Plague in India, 1896, 1897 - Volume 2
Year: 1896
Disease focus: Plague
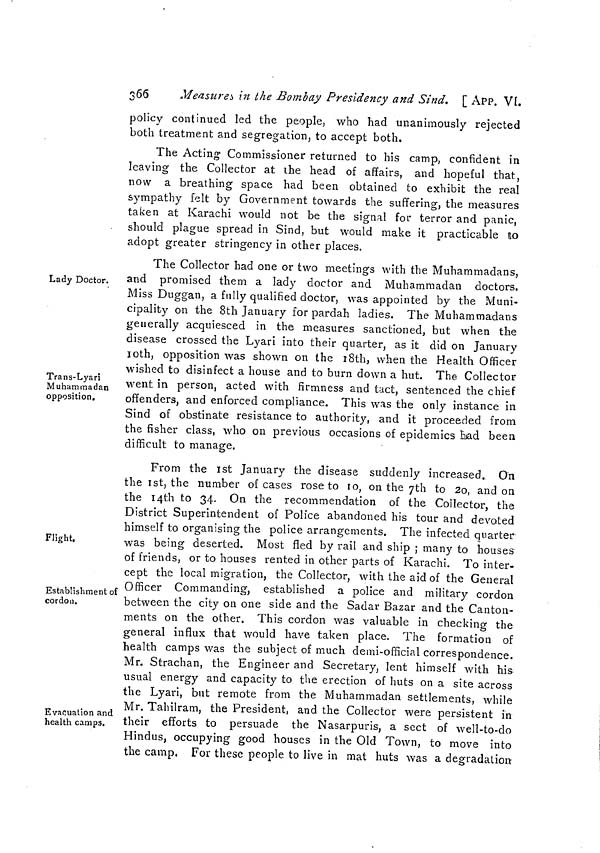
366
Measures in the Bombay Presidency and Sind. [ APP. VI.
policy continued led the people, who had unanimously rejected
both treatment and segregation, to accept both.
The Acting Commissioner returned to his camp, confident in
leaving the Collector at the head of affairs, and hopeful that,
now a breathing space had been obtained to exhibit the real
sympathy felt by Government towards the suffering, the measures
taken at Karachi would not be the signal for terror and panic,
should plague spread in Sind, but would make it practicable to
adopt greater stringency in other places.
Lady Doctor.
Trans-Lyari
Muhammadan
opposition.
The Collector had one or two meetings with the Muhammadans,
and promised them a lady doctor and Muhammadan doctors.
Miss Duggan, a fully qualified doctor, was appointed by the Muni-
cipality on the 8th January for pardah ladies. The Muhammadans
generally acquiesced in the measures sanctioned, but when the
disease crossed the Lyari into their quarter, as it did on January
10th, opposition was shown on the 18th, when the Health Officer
wished to disinfect a house and to burn down a hut. The Collector
went in person, acted with firmness and tact, sentenced the chief
offenders, and enforced compliance. This was the only instance in
Sind of obstinate resistance to authority, and it proceeded from
the fisher class, who on previous occasions of epidemics bad been
difficult to manage.
Flight.
Establishment of
cordon.
Evacuation and
health camps.
From the 1st January the disease suddenly increased. On
the 1st, the number of cases rose to 10, on the 7th to 20, and on
the 14th to 34. On the recommendation of the Collector, the
District Superintendent of Police abandoned his tour and devoted
himself to organising the police arrangements. The infected quarter
was being deserted. Most fled by rail and ship ; many to houses
of friends, or to houses rented in other parts of Karachi. To inter-
cept the local migration, the Collector, with the aid of the General
Officer Commanding, established a police and military cordon
between the city on one side and the Sadar Bazar and the Canton-
ments on the other. This cordon was valuable in checking the
general influx that would have taken place. The formation of
health camps was the subject of much demi-official correspondence.
Mr. Strachan, the Engineer and Secretary, lent himself with his
usual energy and capacity to the erection of huts on a site across
the Lyari, but remote from the Muhammadan settlements, while
Mr. Tahilram, the President, and the Collector were persistent in
their efforts to persuade the Nasarpuris, a sect of well-to-do
Hindus, occupying good houses in the Old Town, to move into
the camp, For these people to live in mat huts was a degradation-